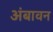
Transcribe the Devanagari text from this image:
अंबावन